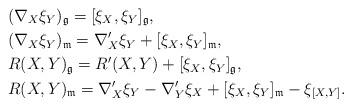
LaTeX: \begin{align*}&(\nabla_X\xi_Y)_{\mathfrak{g}}=[\xi_X,\xi_Y]_{\mathfrak{g}},\\&(\nabla_X\xi_Y)_{\mathfrak{m}}=\nabla '_X\xi_Y+[\xi_X,\xi_Y]_{\mathfrak{m}},\\&R(X,Y)_{\mathfrak{g}}=R'(X,Y)+[\xi_X,\xi_Y]_{\mathfrak{g}},\\&R(X,Y)_{\mathfrak{m}}=\nabla '_X\xi_Y-\nabla '_Y\xi_X+[\xi_X,\xi_Y]_{\mathfrak{m}}-\xi_{[X,Y]}.\end{align*}